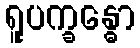
ရူပက္ခန္ဓော